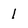
Character: 1